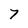
Character: 7